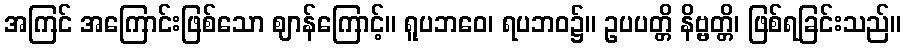
အကြင် အကြောင်းဖြစ်သော ဈာန်ကြောင့်။ ရူပဘဝေ၊ ရပဘဝ၌။ ဥပပတ္တိ နိဗ္ဗတ္တိ၊ ဖြစ်ရခြင်းသည်။